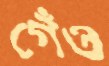
গেঁও